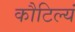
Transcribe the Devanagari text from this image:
कौटिल्यं